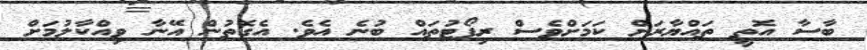
ބާސާ އޮތީ ތައްޔާރަށް ކަމަށްވެސް ރިޕޯޓުތައް ބުނެ އެވެ. އެގޮތުން އޭނާ ވިއްކާލުމަށް